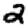
Digit: 2